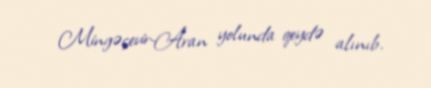
Mingəçevir-Aran yolunda qeydə alınıb.